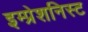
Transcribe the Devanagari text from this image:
इम्प्रेशनिस्ट